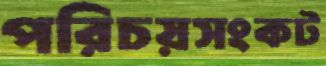
পরিচয়সংকট